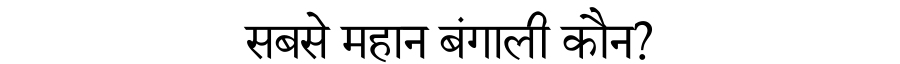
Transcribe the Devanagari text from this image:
सबसे महान बंगाली कौन?